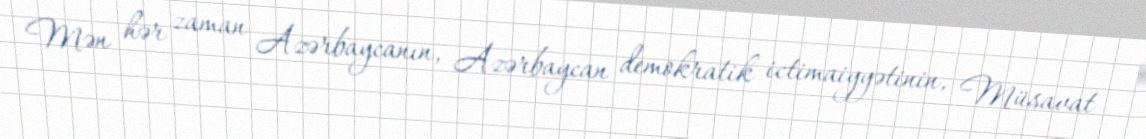
Mən hər zaman Azərbaycanın, Azərbaycan demokratik ictimaiyyətinin, Müsavat